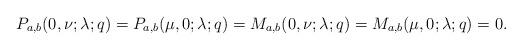
LaTeX: \begin{align*}P_{a,b}(0 , \nu ; \lambda ; q)=P_{a,b}(\mu , 0 ; \lambda ; q)=M_{a,b}(0 , \nu ; \lambda ; q)=M_{a,b}(\mu , 0 ; \lambda ; q)= 0.\end{align*}